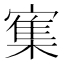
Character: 𰍜